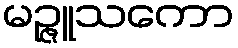
မဉ္ဇူသကော